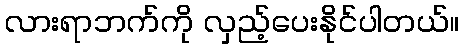
လားရာဘက်ကို လှည့်ပေးနိုင်ပါတယ်။